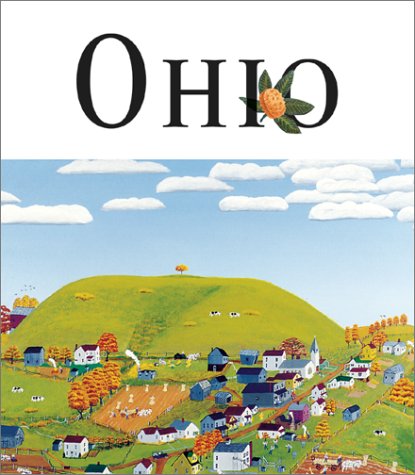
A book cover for Art of the State: Ohio; Diana Landau; Travel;